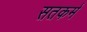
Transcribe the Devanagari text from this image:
सतकर्म